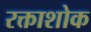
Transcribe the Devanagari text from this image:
रक्ताशोक